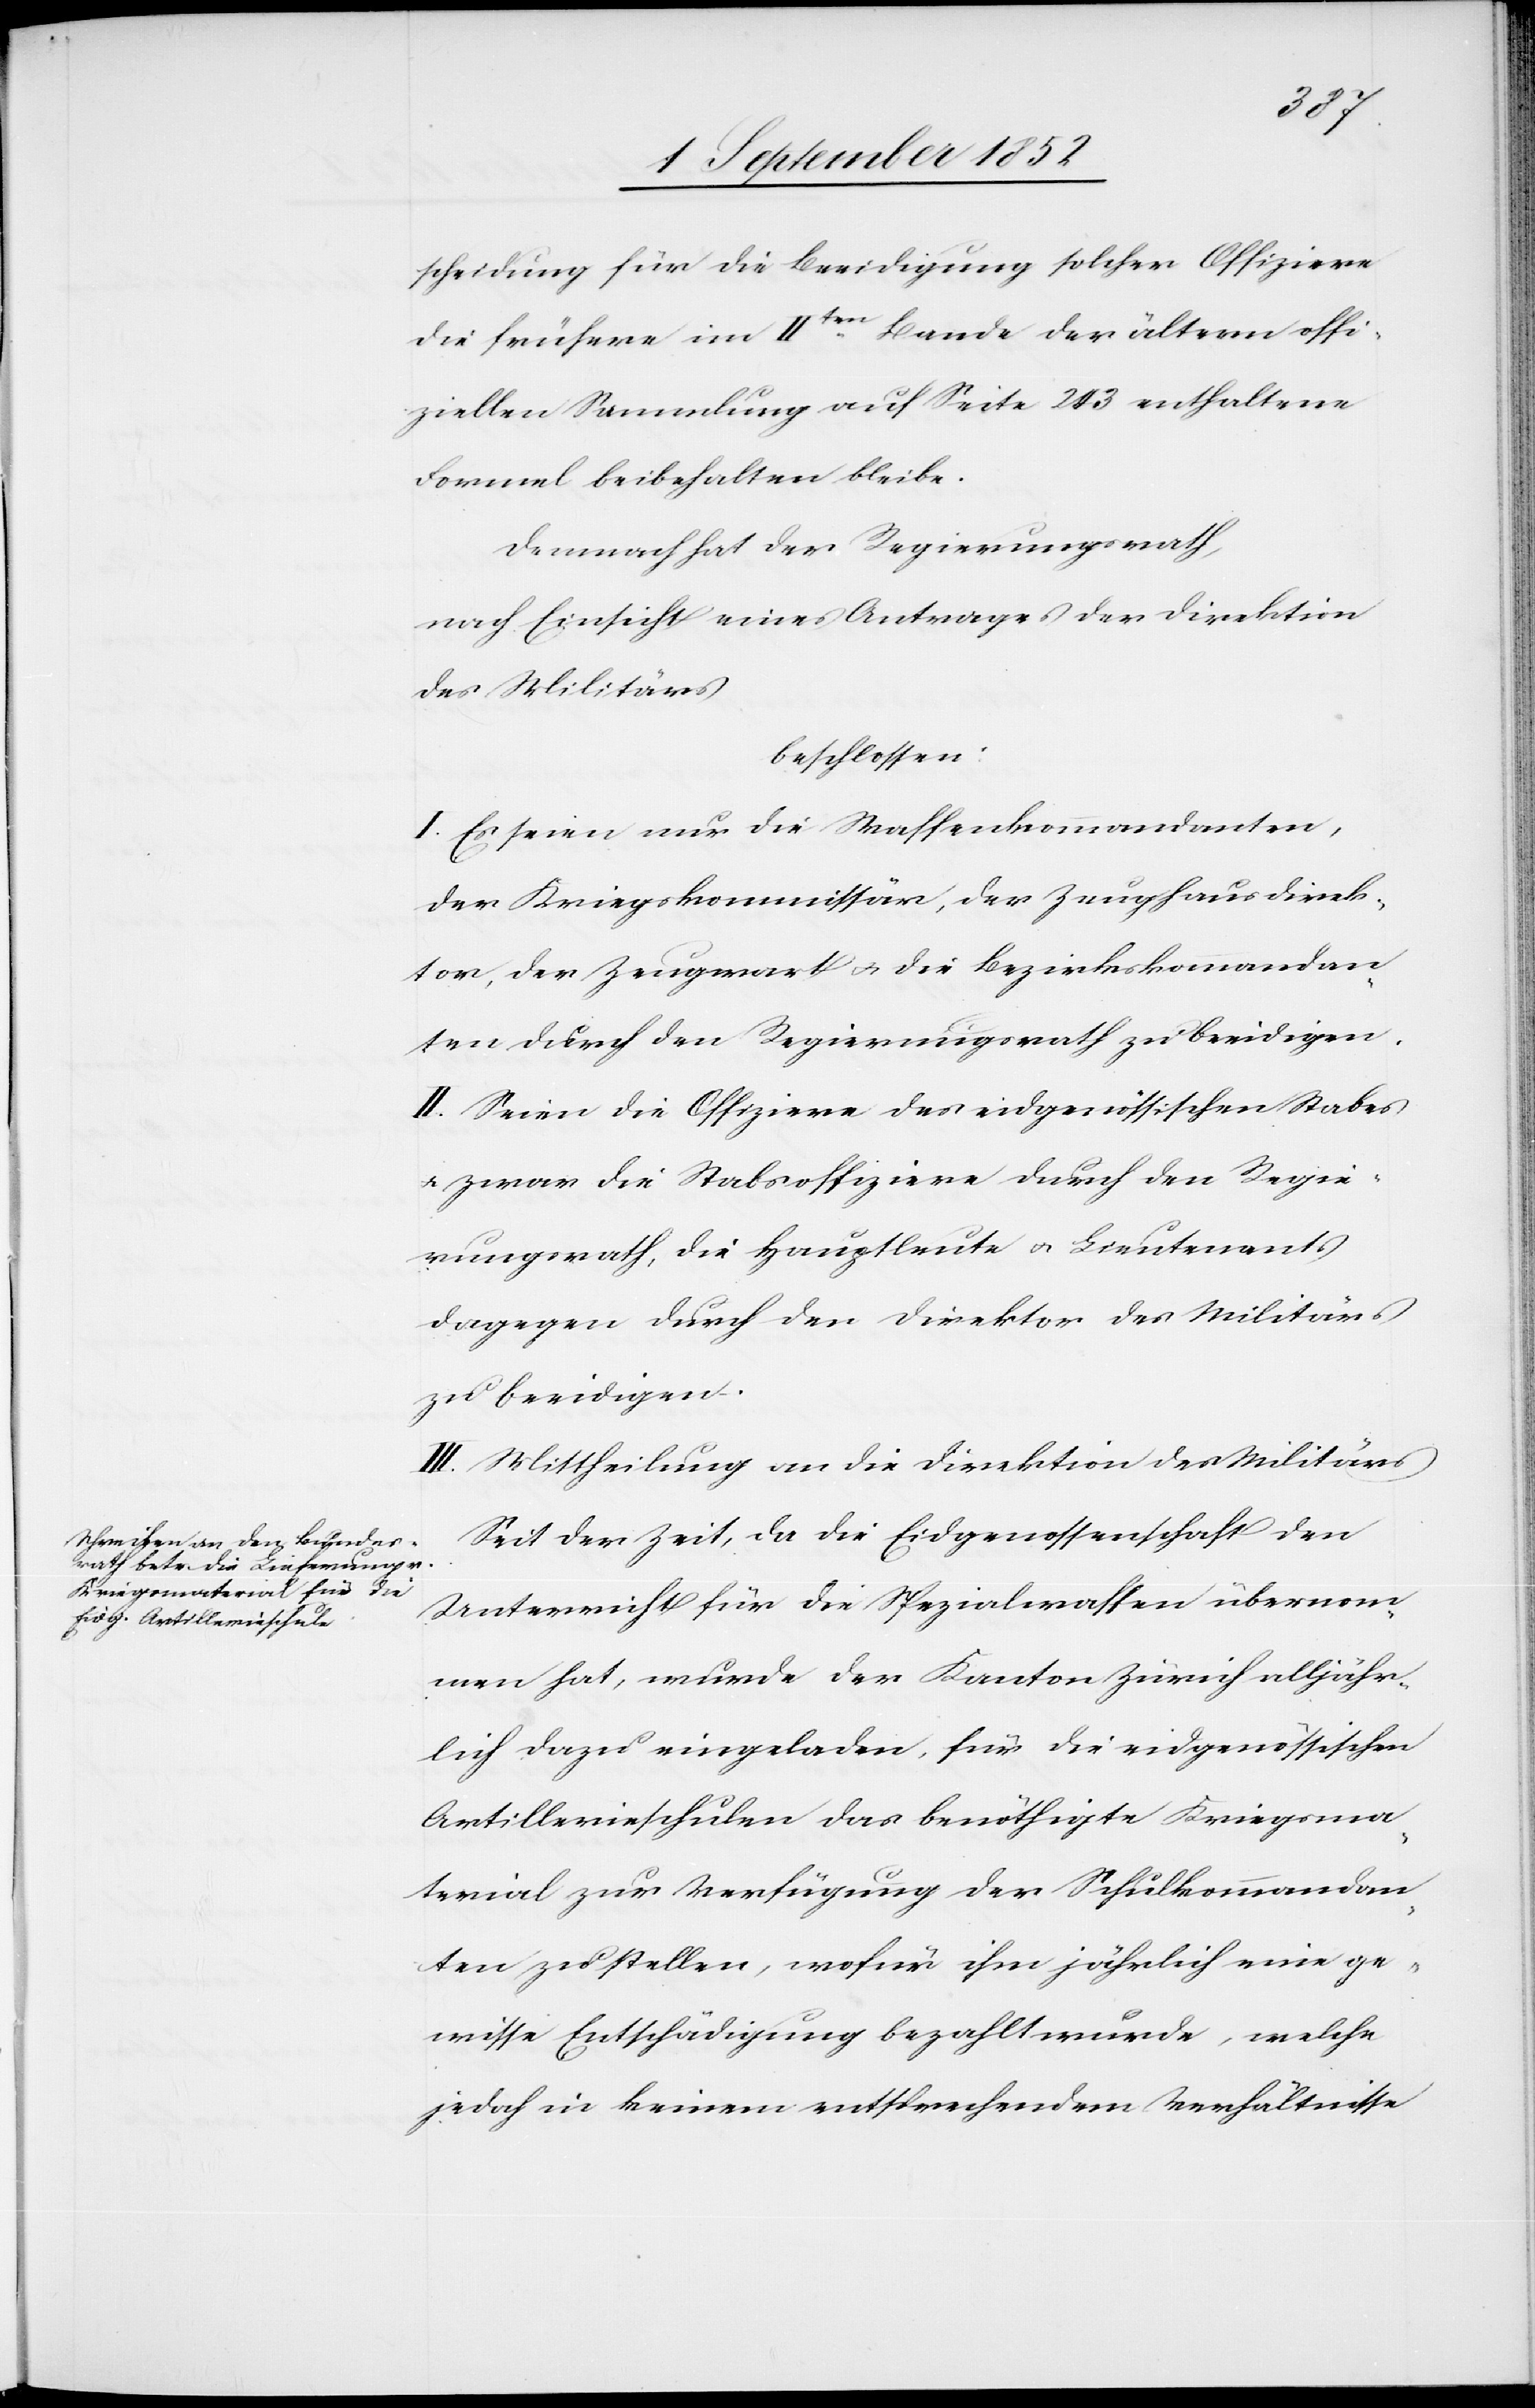
scheidung für die Beeidigung solcher Offiziere
die frühere im IIten Bande der ältern offi¬
ziellen Sammlung auf Seite 243 enthaltene
Formel beibehalten bleibe.
Demnach hat der Regierungsrath,
nach Einsicht eines Antrages der Direktion
des Militärs
beschlossen:
I. Es seien nur die Waffenkommandanten,
der Kriegskommissär, der Zeughausdirek¬
tor, der Zeugwart & die Bezirkskommandan¬
ten durch den Regierungsrath zu beeidigen.
II. Seien die Offiziere des eidgenössischen Stabes
& zwar die Stabsoffiziere durch den Regie¬
rungsrath, die Hauptleute & Lieutenants
dagegen durch den Direktor des Militärs
zu beeidigen.
III. Mittheilung an die Direktion des Militärs[.]
Seit der Zeit, da die Eidgenossenschaft den
Unterricht für die Spezialwaffen übernom¬
men hat, wurde der Kanton Zürich alljähr¬
lich dazu eingeladen, für die eidgenössischen
Artillerieschulen das benöthigte Kriegsma¬
terial zur Verfügung der Schulkommandan¬
ten zu stellen, wofür ihm jährlich eine ge¬
wisse Entschädigung bezahlt wurde, welche
jedoch in keinem entsprechendem [sic!] Verhältnisse